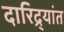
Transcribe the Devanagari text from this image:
दारिद्र्यांत